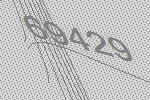
69429